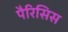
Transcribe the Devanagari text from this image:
पैरिसिस